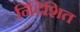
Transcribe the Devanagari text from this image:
र्निदेशित